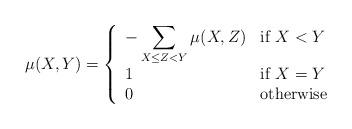
LaTeX: \begin{align*}\mu(X,Y) = \left\{ \begin{array}{ll}\displaystyle-\sum_{X \leq Z < Y} \mu(X,Z) & \mbox{if $X < Y$ } \\1 & \mbox{if $X = Y$} \\0 & \mbox{otherwise}\end{array}\right.\end{align*}